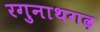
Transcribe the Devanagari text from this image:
रगुनाथगढ़